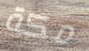
مكة